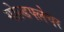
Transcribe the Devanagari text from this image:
गोल्डफ्लेचर